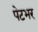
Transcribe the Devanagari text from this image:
पेटभर